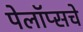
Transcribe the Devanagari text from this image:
पेलॉप्सचे